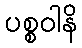
ပစ္စဝါနိ